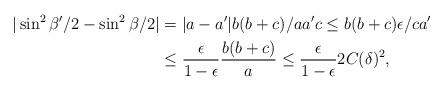
LaTeX: \begin{align*} |\sin^2\beta'/2 - \sin^2\beta/2| &= |a-a'|b(b+c)/aa'c \le b(b+c)\epsilon/ca' \\ & \le \frac{\epsilon}{1-\epsilon} \frac{b(b+c)}{a} \le \frac{\epsilon}{1-\epsilon} 2 C(\delta)^2,\end{align*}